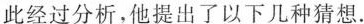
此经过分析，他提出了以下几种猜想.